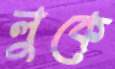
লুকে